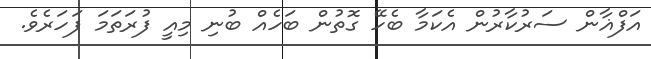
އަފްޣާން ސަރުކާރުން އެކަމާ ބެހޭ ގޮތުން ބަހެއް ބުނި މިއީ ފުރަތަމަ ފަހަރެވެ.